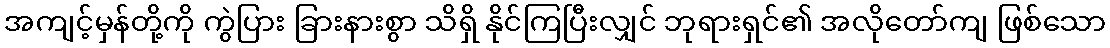
အကျင့်မှန်တို့ကို ကွဲပြား ခြားနားစွာ သိရှိ နိုင်ကြပြီးလျှင် ဘုရားရှင်၏ အလိုတော်ကျ ဖြစ်သော